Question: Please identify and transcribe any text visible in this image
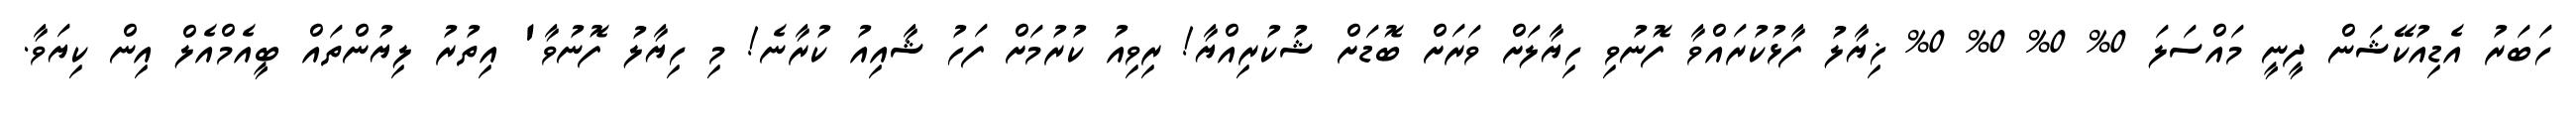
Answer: ހަބަރު އެޑިއުކޭޝަން ދީނީ މައްސަލަ 0% 0% 0% 0% ޚިޔާލު ފާޅުކުރައްވާ ފޮނުވި ހިޔާލަށް ވަރަށް ބޮޑަށް ޝުކުރިއްޔާ! ރިވިއު ކުރުމަށް ފަހު ޝާއިއު ކުރާނެ! މި ހިޔާލު ފޮނުވާ' އިތުރު ލިޔުންތައް ބީއެމްއެލް އިން ކިޔަވާ.